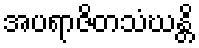
အပရာဇိတသံဃန္တိ